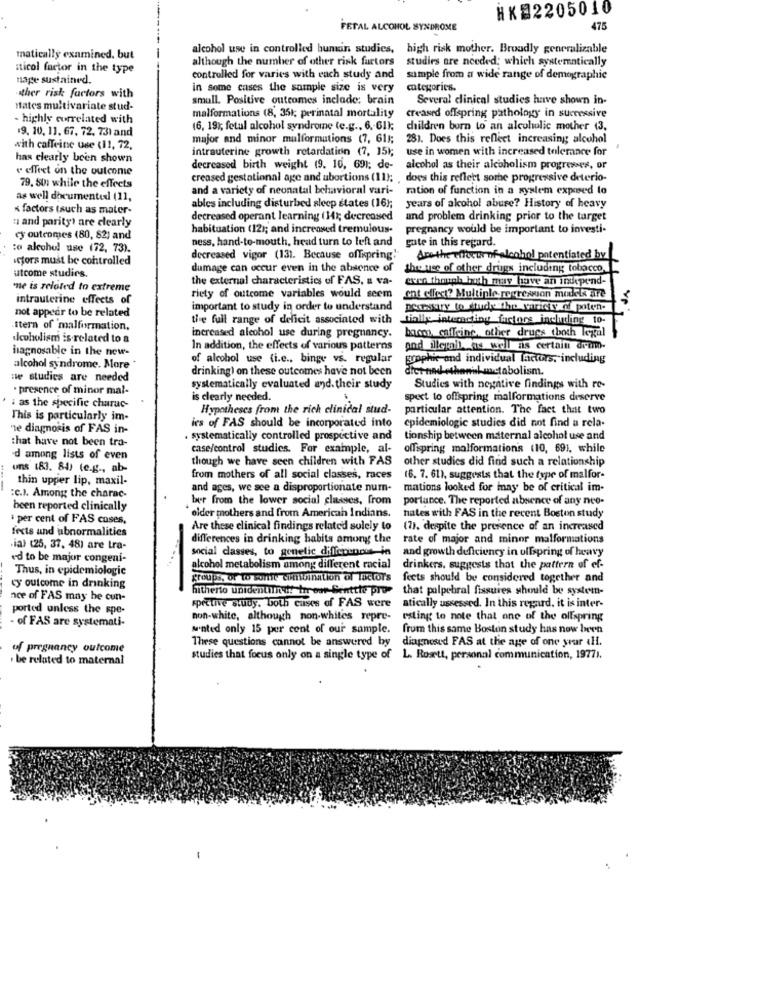
HK#2205010
FETAL ALCOHOL SYNDROME
475
alcohol use in controlled bunin studies, high risk mother. Broadly generalizable
matically examined. but
although the number of other risk furtors
studies are needed; which systematically
iticol factor in the type
nage sustained.
controlled for varies with each study and
sample from a wide range of demographic
in some cases the sample size is very
categories.
ther risk factors with
small. Positive outcomes inclade: brain
Several clinical studies have shown in-
Mates multivariate stud-
- highly correlated with
malformations (8, 351; perinatal mortality
creased offspring pathology in successive
$9. 10, 11. 67. 72. 731 and
(6, 19); fetal alcohol syndrome (e.g ., 6 .- 61);
children born to an alcoholic mother 13.
major and minor malformations (7, 611;
281. Does this reflect increasing alcohol
with caffeine use (11, 72,
intrauterine growth retardation (7, 151;
use in women with increased tolerance for
.
has clearly been shown
v effect on the outcome
decreased birth weight (9. 10, 691; de-
alcohol as their alcoholism progresses, or
creased gestational age and ubortions (11); , does this reflect somhe progressive deterio-
79. 801 while the effects
and a variety of neonatal behavioral vari-
ration of function in a system exposed to
as well documented (11,
« factors tauch as mater-
ables including disturbed sleep states (16);
years of alcohol abuse? History of heavy
" and parity) are clearly
decreased operant learning (141; decreased
and problem drinking prior to the target
habituation (121; and increased tremulous-
pregnancy would be important to investi-
cy outcomes (80, 82) and
ness, hand-to-mouth, head turn to left and
:o alcohol use (72, 73).
gute in this regard.
icfors must be controlled
decreased vigor (131. Because offspring'
Are the effects of alcohol potentiated by
utcome studies.
dumage can occur even in the absence of
the use of other drugs including tobacco.
the external characteristics of FAS, s va-
even though buth may have an independ-
me is related to extreme
intrauterine effects of
riety of outcome variables would seem
ent effect? Multiple regression models are
not appear to be related
important to study in order to understand
the full range of deficit associated with
fially interacting factors including to-
ttern of malformation.
bacon, caffeine other drugs (both legal
Icobolism is related to a
increased alcohol use during pregnancy.
hagnosable in the new-
In addition, the effects of various patterns
and illerall _as well as certain drem-
of alcohol use (i.e ., binge vs. regular
graphic and individual factors, including
alcohol syndrome. More *
drinking) on these outcomes have not been
ne studies are needed
· presence of minor mal-
systematically evaluated and. their study
Studies with negative findings with ro-
is clearly needed.
spect to offspring malformations deserve
: as the specific charac-
Hypotheses from the rich clinical stud-
particular attention. The fact that two
This is particularly im-
epidemiologic studies did not find a rela-
ne diagnosis of FAS in-
ies of FAS should be incorporated into
that have not been tra-
systematically controlled prospective and
tionship between maternal alcohol use and
case/control studies. For example, al-
offspring malformations (10, 69), while
-d among lists of even
though we have seen children with FAS
other studies did find such a relationship
uns 183. 84) (e.g ., ab-
thin upper lip, maxil-
from mothers of all social classes, races
(6. 7. 61), suggests that the type of malfor-
and ages, we see a disproportionate num-
mations looked for may be of critical im-
:c.). Among the charac-
ber from the lower social classes, from
portance. The reported absence of any nee-
been reported clinically
per cent of FAS cuses,
* elder mothers and from American Indians.
hates with FAS in the recent Boston study
fects and abnormalities
Are these clinical findings related solely to
(7). despite the presence of an increased
differences in drinking habits among the rate of major and minor malformations
.ia) (25, 37, 48) are tra-
social classes, to genetic dificience in
and growth deficiency in ullspring of heavy
ed to be major congeni-
Thus, in epidemiologic
alcohol metabolism among different racial
drinkers. suggests that the pattern of ef-
groups, or to sorte cumination of Tactor's
feets should be considered together and
cy outcome in drinking
hitherto unidentiin ds trr ost -Senttte pre- that palpebral fissures should be system-
nce of FAS may be cun-
spective study. both cases of FAS were
ported unless the spe-
atically ussessed. In this regard, it is inter-
- of FAS are systemati-
non-white, although non-whites repre-
esting to note that one of the ollspring
wanted only 15 per cent of our sample. from this same Boston study has now been
These questions cannot be answered by
diagnosed FAS at the age of one year <H.
of pregnancy outcome
. be related to maternal
studies that focus only on a single type of L. Rosett, personal communication, 19771.